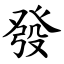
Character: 發